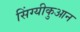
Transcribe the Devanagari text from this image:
सिंग्यीकुआन